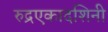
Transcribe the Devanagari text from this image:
रुद्रएकादशिनी